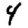
Digit: 4